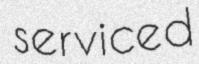
serviced